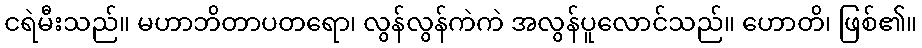
ငရဲမီးသည်။ မဟာဘိတာပတရော၊ လွန်လွန်ကဲကဲ အလွန်ပူလောင်သည်။ ဟောတိ၊ ဖြစ်၏။